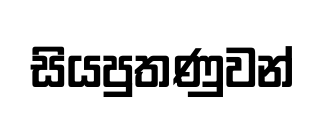
සියපුතණුවන්